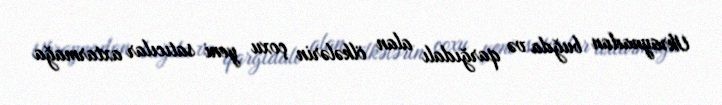
Ukraynadan buğda və qarğıdalı alan ölkələrin çoxu yeni satıcılar axtarmağa